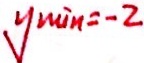
y \min = - 2